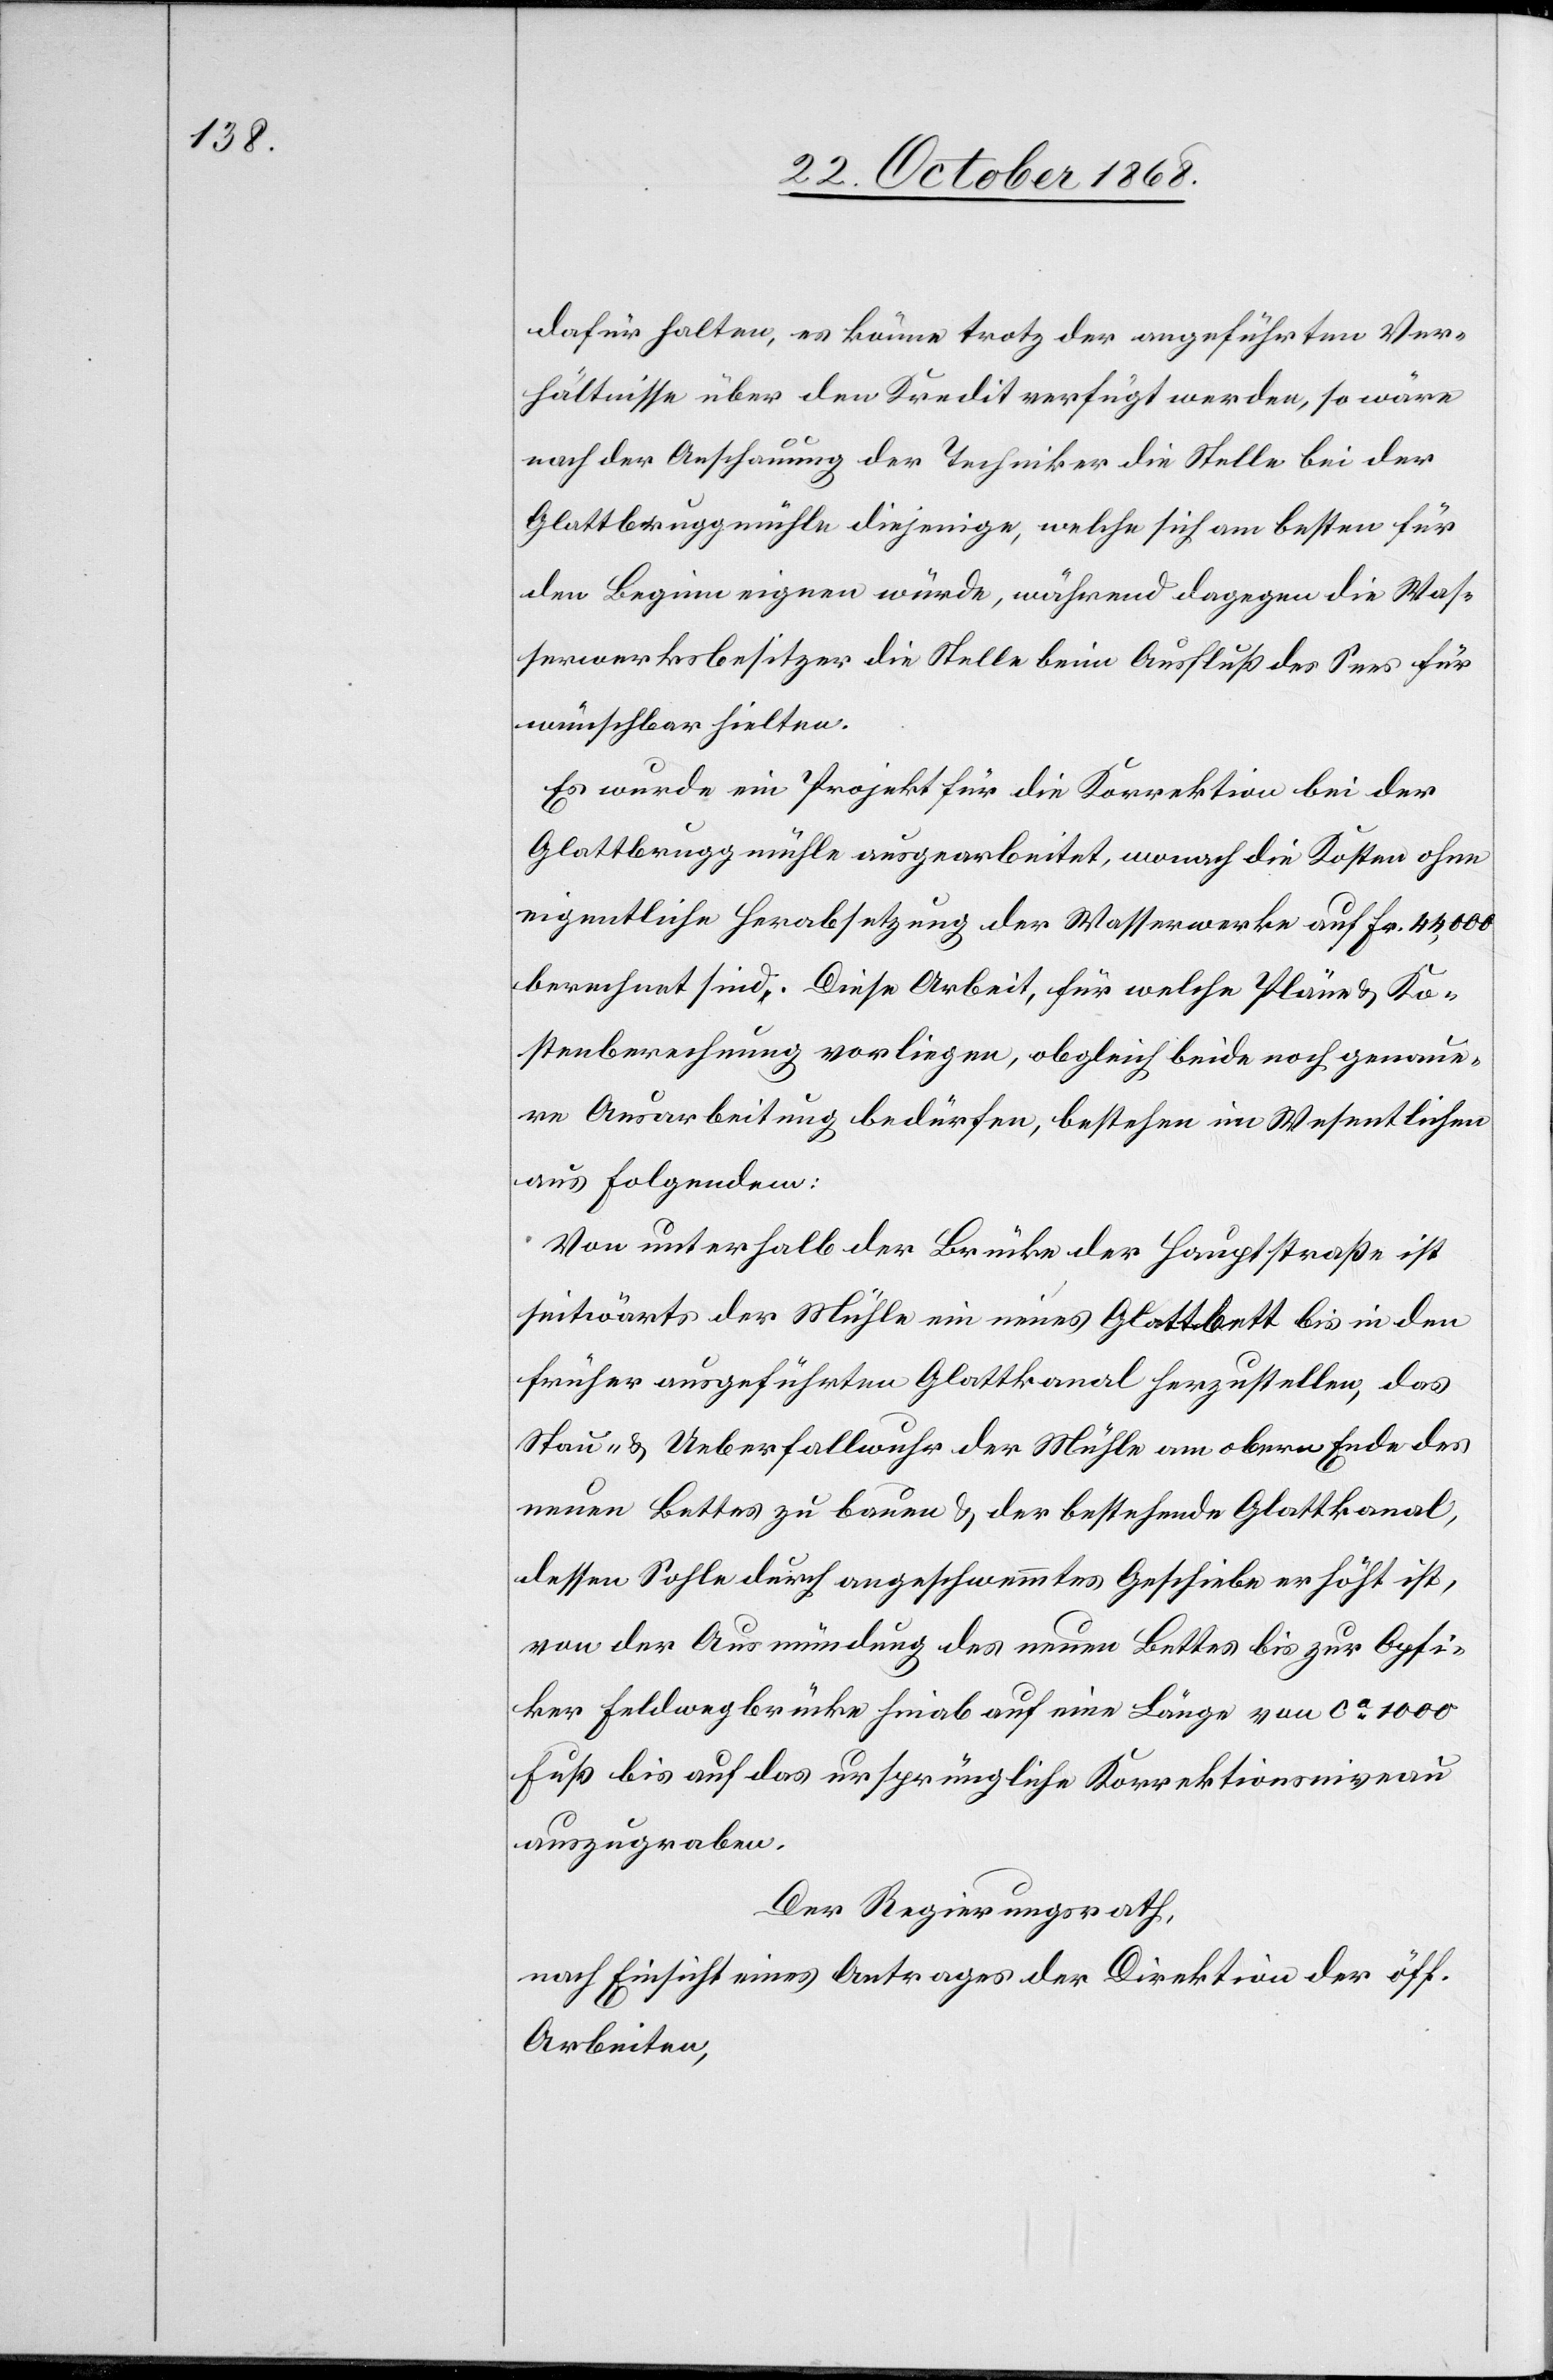
dafür halten, es könne trotz der angeführten Ver¬
hältnisse über den Kredit verfügt werden, so wäre
nach der Anschauung der Techniker die Stelle bei der
Glattbruggmühle diejenige, welche sich am besten für
den Beginn eignen würde, während dagegen die Was¬
serwerksbesitzer die Stelle beim Ausfluß des Sees für
wünschbar hielten.
Es wurde ein Projekt für die Korrektion bei der
Glattbruggmühle ausgearbeitet, wonach die Kosten ohne
eigentliche Herabsetzung der Wasserwerke auf Fr. 44,000
berechnet sind. Diese Arbeit, für welche Pläne & Ko¬
stenberechnung vorliegen, obgleich beide noch genaue¬
re Ausarbeitung bedürfen, bestehen im Wesentlichen
aus Folgendem:
Von unterhalb der Brücke der Hauptstraße ist
seitwärts der Mühle ein neues Glattbett bis in den
früher ausgeführten Glattkanal herzustellen, das
Stau- & Ueberfallwuhr der Mühle am obern Ende des
neuen Bettes zu bauen & der bestehende Glattkanal,
dessen Sohle durch angeschwemmtes Geschiebe erhöht ist,
von der Ausmündung des neuen Bettes bis zur Opfi¬
ker Feldwegbrücke hinab auf eine Länge von ca 1000
Fuß bis auf das ursprüngliche Korrektionsniveau
auszugraben.
Der Regierungsrath,
nach Einsicht eines Antrages der Direktion der öff.
Arbeiten,